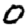
Digit: 0